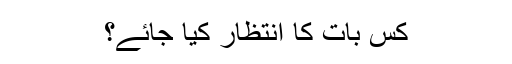
کس بات کا انتظار کیا جائے؟